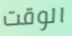
الوقت